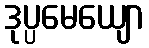
ဒုပ္ပမေယျော